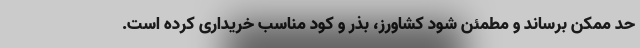
حد ممکن برساند و مطمئن شود کشاورز، بذر و کود مناسب خریداری کرده است.